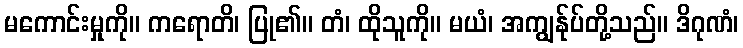
မကောင်းမှုကို။ ကရောတိ၊ ပြု၏။ တံ၊ ထိုသူကို။ မယံ၊ အကျွန်ုပ်တို့သည်။ ဒိဂုဏံ၊